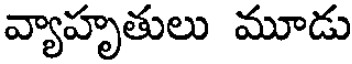
వ్యాహృతులు మూడు